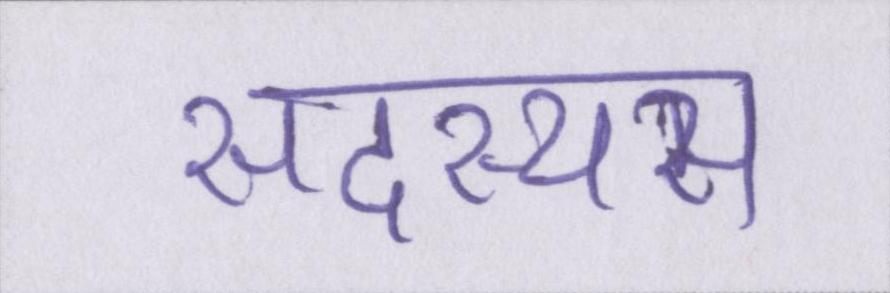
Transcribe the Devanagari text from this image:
सदस्यस